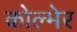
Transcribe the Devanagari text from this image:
कोल्मेर